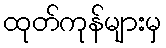
ထုတ်ကုန်များမှ